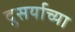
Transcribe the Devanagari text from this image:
दुसर्याच्या